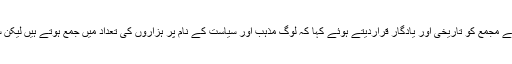
عوامی وکاس پارٹی کے جنرل سیکریٹری جناب سلیم الوارے نے ہزاروں کے مجمع کو تاریخی اور یادگار قراردیتے ہوئے کہا کہ لوگ مذہب اور سیاست کے نام پر ہزاروں کی تعداد میں جمع ہوتے ہیں لیکن سولاپور میں تعلیم کے موضوع پر ہزاروں کا مجمع یقینا خوش آئند بات ہی۔